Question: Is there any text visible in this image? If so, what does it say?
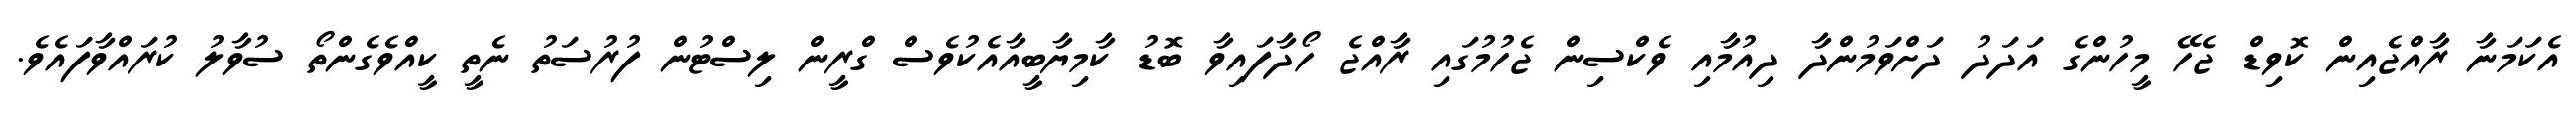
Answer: އެކަމަނާ ރާއްޖެއިން ކޮވިޑް ޖެހޭ މީހުންގެ އަދަދު ދަށްވަމުންދާ ދިއުމާއި ވެކްސިން ޖެހުމުގައި ރާއްޖެ ހޯދާފައިވާ ބޮޑު ކާމިޔާބީއާއެކުވެސް ގްރީން ލިސްޓުން ފުރުސަތު ނެތީ ކީއްވެގެންތޯ ސުވާލު ކުރައްވާފައެވެ.